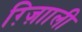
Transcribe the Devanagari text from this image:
ग़्ज़ाािली